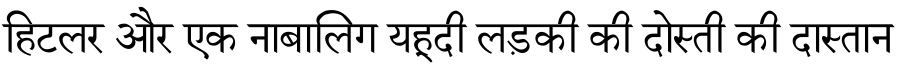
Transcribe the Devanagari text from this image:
हिटलर और एक नाबालिग यहूदी लड़की की दोस्ती की दास्तान